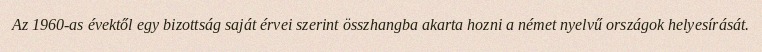
Az 1960-as évektől egy bizottság saját érvei szerint összhangba akarta hozni a német nyelvű országok helyesírását.